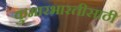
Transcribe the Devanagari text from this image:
कुमारभारतीसाठी